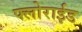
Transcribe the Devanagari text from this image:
फ्लोराईड